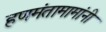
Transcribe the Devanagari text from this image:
हणमंतामामांनी